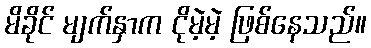
မိခိုင် မျက်နှာက ငိုမဲ့မဲ့ ဖြစ်နေသည်။